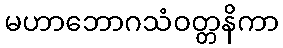
မဟာဘောဂသံဝတ္တနိကာ